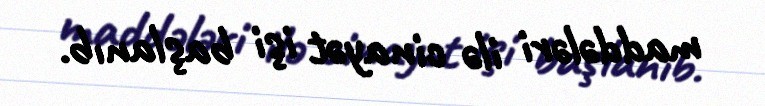
maddələri ilə cinayət işi başlanıb.